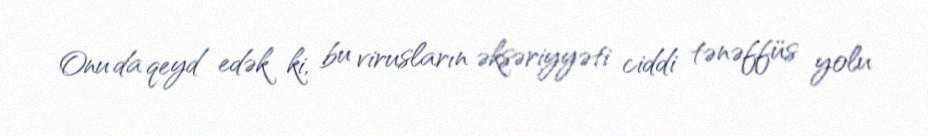
Onu da qeyd edək ki, bu virusların əksəriyyəti ciddi tənəffüs yolu